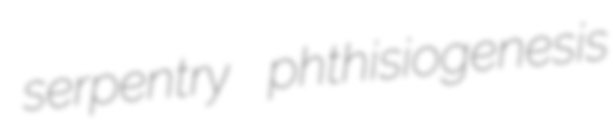
serpentry phthisiogenesis